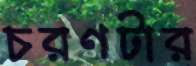
চরণটার